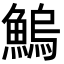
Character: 鰞